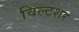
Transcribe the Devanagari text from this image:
विल्टशर